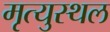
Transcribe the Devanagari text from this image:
मृत्युस्थल